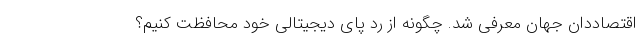
اقتصاددان جهان معرفی شد. چگونه از رد پای دیجیتالی خود محافظت کنیم؟